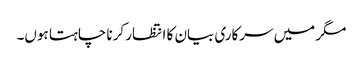
مگر میں سرکاری بیان کا انتظار کرنا چاہتا ہوں۔